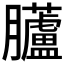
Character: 𱢼